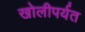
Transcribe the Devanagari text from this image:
खोलीपर्यत